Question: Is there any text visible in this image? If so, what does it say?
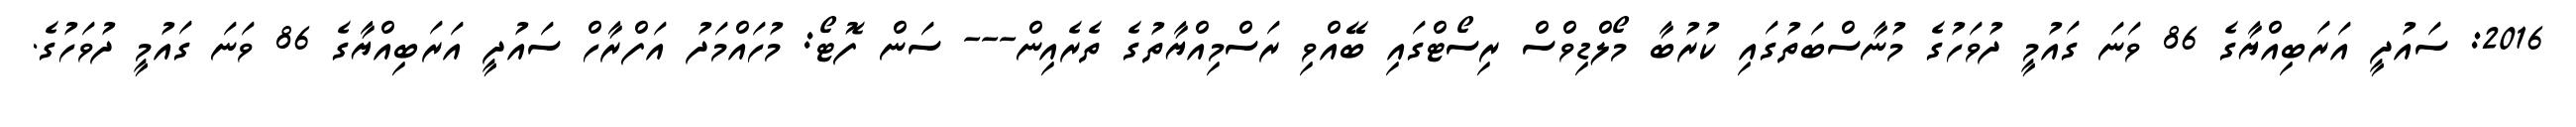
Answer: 2016: ސައުދީ އަރަބިއްޔާގެ 86 ވަނަ ގައުމީ ދުވަހުގެ މުނާސްބަތުގައި ކުރުބާ މޯލްޑިވްސް ރިސޯޓްގައި ބޭއްވި ރަސްމިއްޔާތުގެ ތެރެއިން--- ސަން ފޮޓޯ: މުހައްމަދު އަފްރާހް ސައުދީ އަރަބިއްޔާގެ 86 ވަނަ ގައުމީ ދުވަހުގެ.